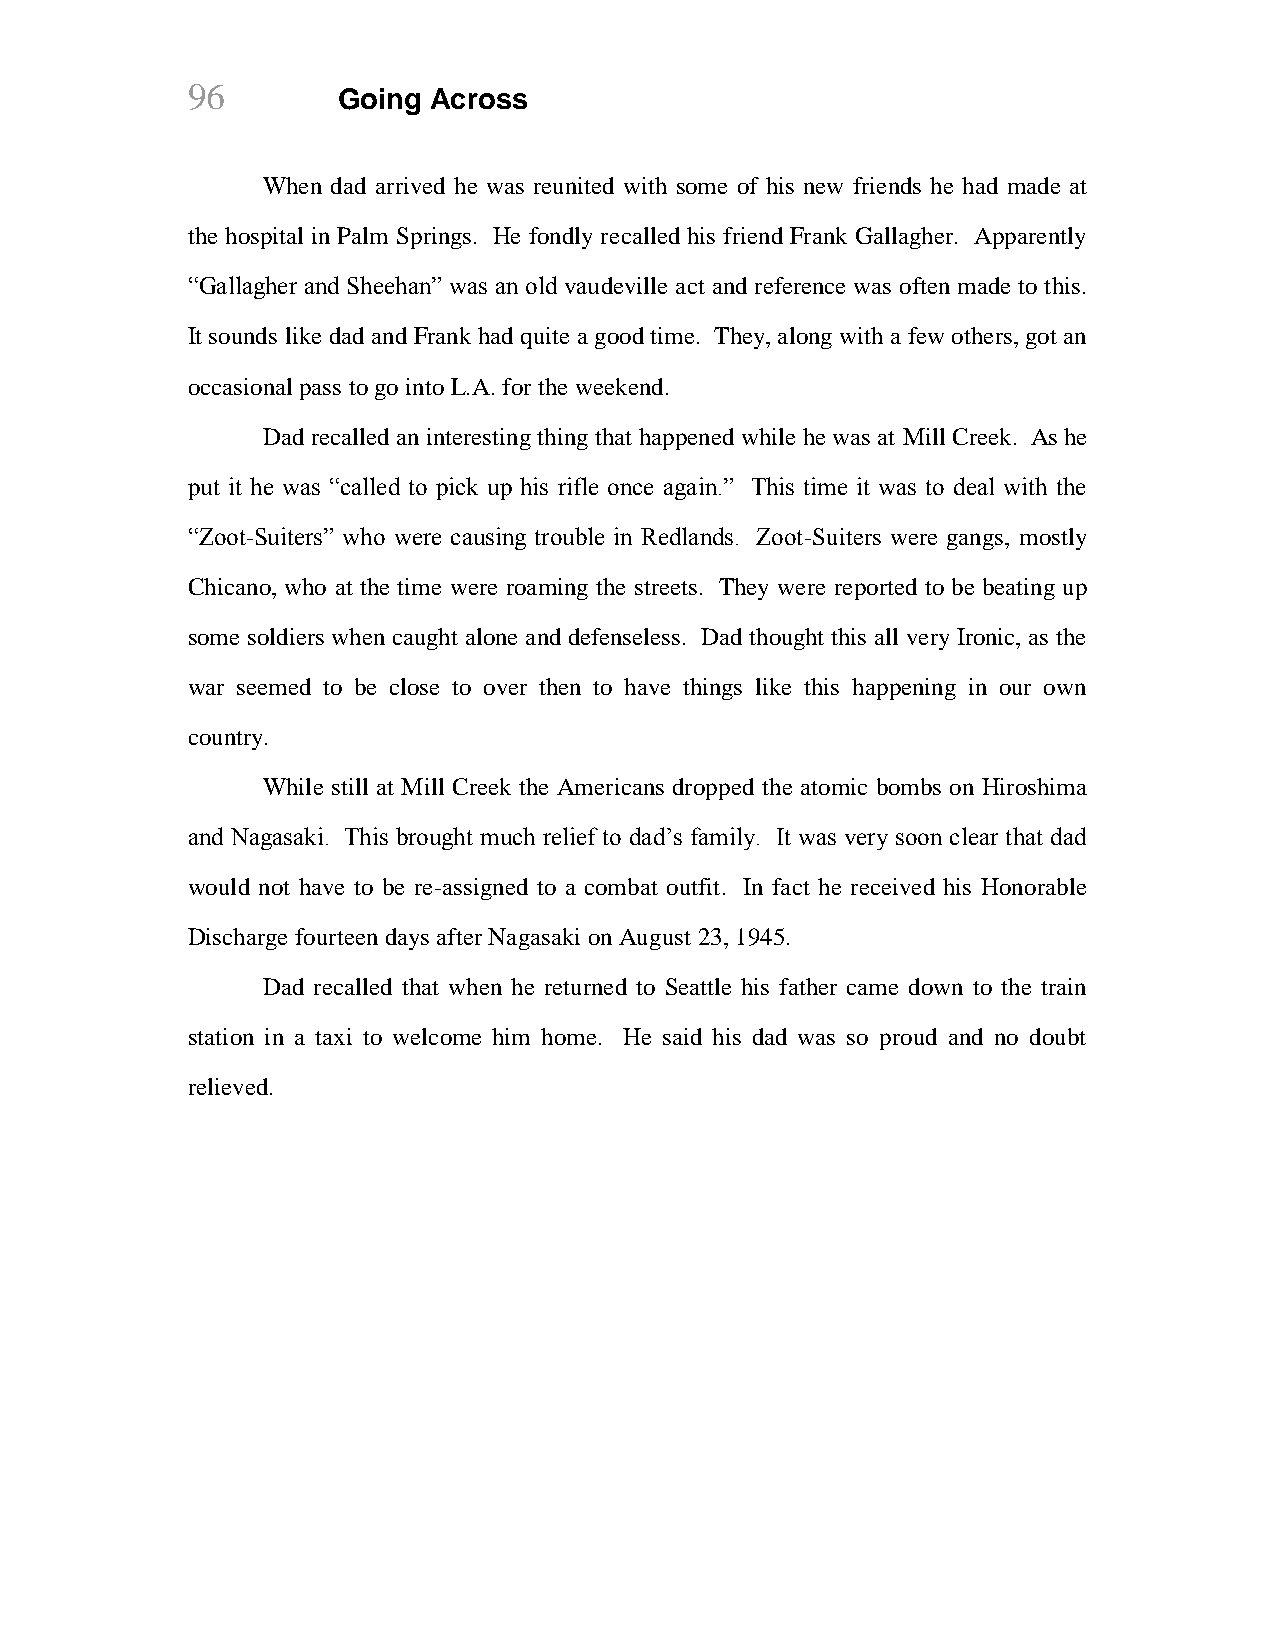
96
 Going Across
 When dad arrived he was reunited with some of his new friends he had made at
 the hospital in Palm Springs. He fondly recalled his friend Frank Gallagher. Apparently
 “Gallagher and Sheehan” was an old vaudeville act and reference was often made to this.
 It sounds like dad and Frank had quite a good time. They, along with a few others, got an
 occasional pass to go into L.A. for the weekend.
 Dad recalled an interesting thing that happened while he was at Mill Creek. As he
 put it he was “called to pick up his rifle once again.” This time it was to deal with the
 “Zoot-Suiters” who were causing trouble in Redlands. Zoot-Suiters were gangs, mostly
 Chicano, who at the time were roaming the streets. They were reported to be beating up
 some soldiers when caught alone and defenseless. Dad thought this all very Ironic, as the
 war seemed to be close to over then to have things like this happening in our own
 country.
 While still at Mill Creek the Americans dropped the atomic bombs on Hiroshima
 and Nagasaki. This brought much relief to dad’s family. It was very soon clear that dad
 would not have to be re-assigned to a combat outfit. In fact he received his Honorable
 Discharge fourteen days after Nagasaki on August 23, 1945.
 Dad recalled that when he returned to Seattle his father came down to the train
 station in a taxi to welcome him home. He said his dad was so proud and no doubt
 relieved.